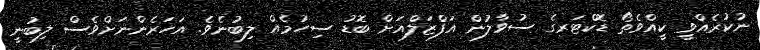
ނުކުރެއްވީ ކީއްވެތޯ ޑޮކްޓަރގެ ސުވާލުން އަފްޒަލްއަށް ބޮޑު ސިހުމެއް ލިބުނެވެ. އަހަރެންނަށްވެސް ލިބުނީ